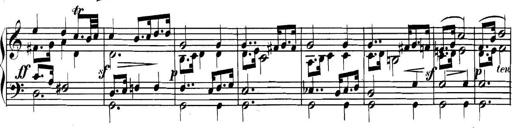
Title: Collected Piano Sonatas
Composer: Muzio Clementi